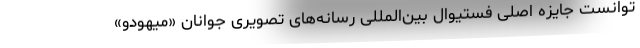
توانست جایزه اصلی فستیوال بین‌المللی رسانه‌های تصویری جوانان «میهودو»